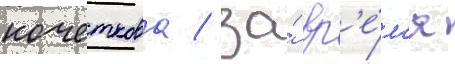
кочеткова / за́ вр'е́м'я